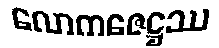
လောကဇေဋ္ဌဿ